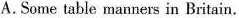
A.Some table manners in Britain.